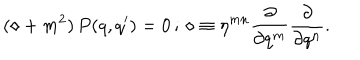
( \diamond + m ^ { 2 } ) \, P ( q , q ^ { \prime } ) = 0 \, ; \, \diamond \equiv \eta ^ { m n } \frac { \partial } { \partial q ^ { m } } \frac { \partial } { \partial q ^ { n } } .